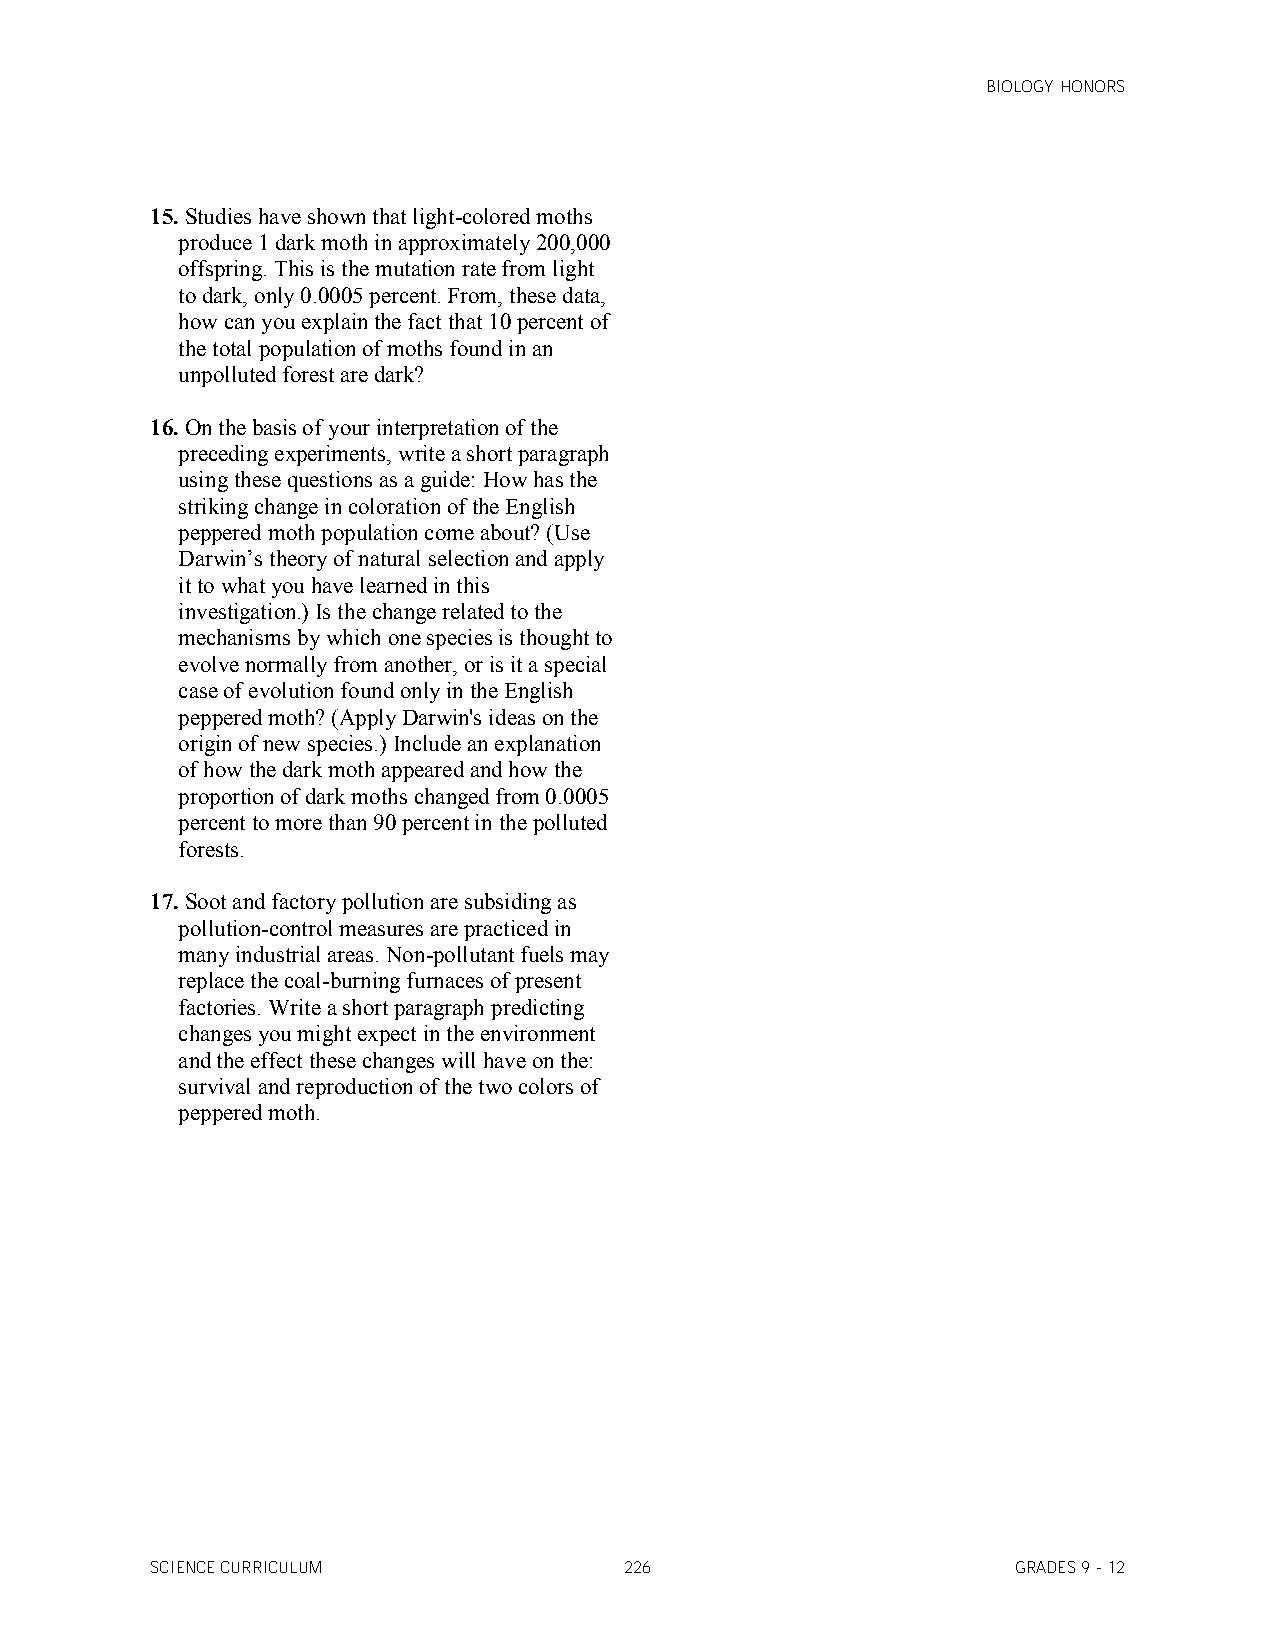
BIOLOGY HONORS
 15. Studies have shown that light-colored moths
 produce 1 dark moth in approximately 200,000
 offspring. This is the mutation rate from light
 to dark, only 0.0005 percent. From, these data,
 how can you explain the fact that 10 percent of
 the total population of moths found in an
 unpolluted forest are dark?
 16. On the basis of your interpretation of the
 preceding experiments, write a short paragraph
 using these questions as a guide: How has the
 striking change in coloration of the English
 peppered moth population come about? (Use
 Darwin’s theory of natural selection and apply
 it to what you have learned in this
 investigation.) Is the change related to the
 mechanisms by which one species is thought to
 evolve normally from another, or is it a special
 case of evolution found only in the English
 peppered moth? (Apply Darwin's ideas on the
 origin of new species.) Include an explanation
 of how the dark moth appeared and how the
 proportion of dark moths changed from 0.0005
 percent to more than 90 percent in the polluted
 forests.
 17. Soot and factory pollution are subsiding as
 pollution-control measures are practiced in
 many industrial areas. Non-pollutant fuels may
 replace the coal-burning furnaces of present
 factories. Write a short paragraph predicting
 changes you might expect in the environment
 and the effect these changes will have on the:
 survival and reproduction of the two colors of
 peppered moth.
 SCIENCE CURRICULUM             226                       GRADES 9 - 12